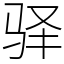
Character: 驿